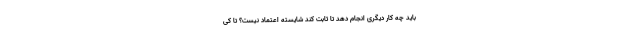
باید چه کار دیگری انجام دهد تا ثابت کند شایسته اعتماد نیست؟ تا کی